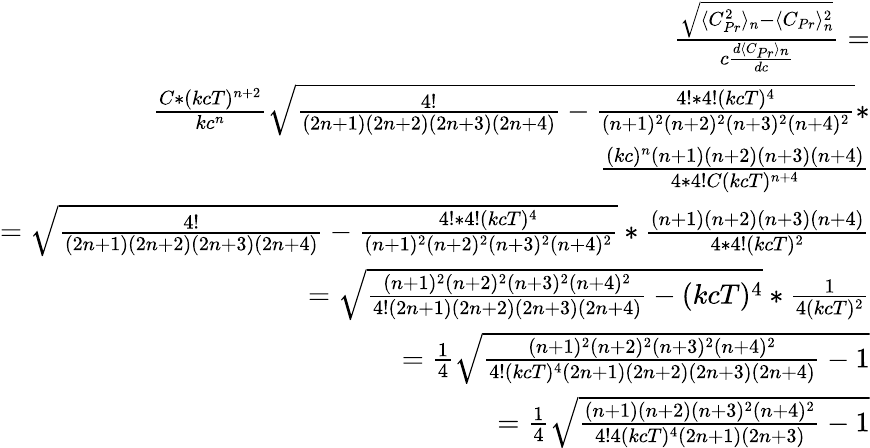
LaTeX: \begin{array}{r}{\frac{\sqrt{\langle C_{Pr}^{2}\rangle_{n}-\langle C_{Pr}\rangle_{n}^{2}}}{c\frac{d\langle C_{Pr}\rangle_{n}}{dc}}=}\\ {\frac{C*(kcT)^{n+2}}{kc^{n}}\sqrt{\frac{4!}{(2n+1)(2n+2)(2n+3)(2n+4)}-\frac{4!*4!(kcT)^{4}}{(n+1)^{2}(n+2)^{2}(n+3)^{2}(n+4)^{2}}}*}\\ {\frac{(kc)^{n}(n+1)(n+2)(n+3)(n+4)}{4*4!C(kcT)^{n+4}}}\\ {=\sqrt{\frac{4!}{(2n+1)(2n+2)(2n+3)(2n+4)}-\frac{4!*4!(kcT)^{4}}{(n+1)^{2}(n+2)^{2}(n+3)^{2}(n+4)^{2}}}*\frac{(n+1)(n+2)(n+3)(n+4)}{4*4!(kcT)^{2}}}\\ {=\sqrt{\frac{(n+1)^{2}(n+2)^{2}(n+3)^{2}(n+4)^{2}}{4!(2n+1)(2n+2)(2n+3)(2n+4)}-(kcT)^{4}}*\frac{1}{4(kcT)^{2}}}\\ {=\frac{1}{4}\sqrt{\frac{(n+1)^{2}(n+2)^{2}(n+3)^{2}(n+4)^{2}}{4!(kcT)^{4}(2n+1)(2n+2)(2n+3)(2n+4)}-1}}\\ {=\frac{1}{4}\sqrt{\frac{(n+1)(n+2)(n+3)^{2}(n+4)^{2}}{4!4(kcT)^{4}(2n+1)(2n+3)}-1}}\end{array}